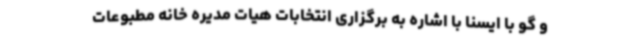
و گو با ایسنا با اشاره به برگزاری انتخابات هیات مدیره خانه مطبوعات